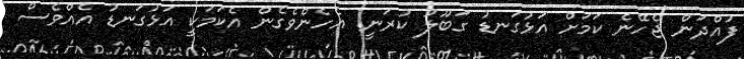
ފުއްދަން ޖެހޭނެ ކަމަށް އަޅުގަނޑު ގަބޫލު ކުރަނީ. އެހެންވެގެން އެކަމަކީ އަޅުގަނޑު އެއްވެސް